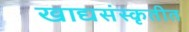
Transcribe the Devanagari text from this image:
खाद्यसंस्कृतीत